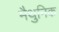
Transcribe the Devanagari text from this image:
मैथुनिक